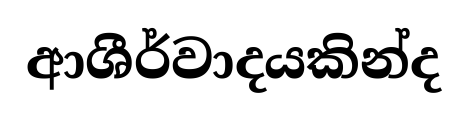
ආශීර්වාදයකින්ද